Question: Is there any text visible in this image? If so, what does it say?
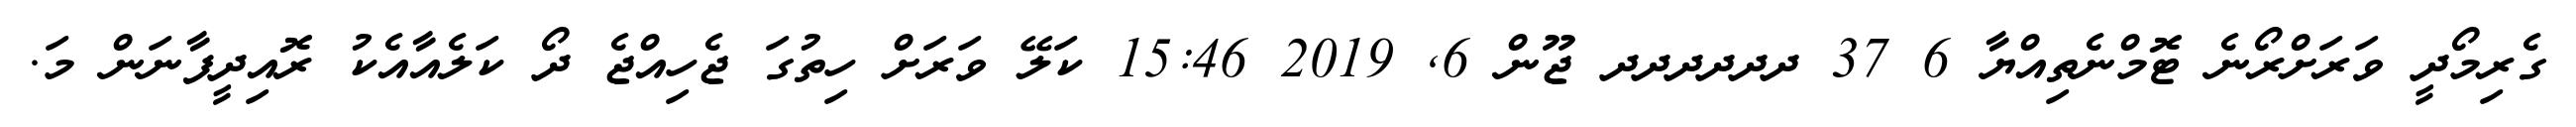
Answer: ގެރިމޯދީ ވަރަށްރޯނެ ޓޮމްނެތިއްޔާ 6 37 ދދދދދދ ޖޫން 6, 2019 15:46 ކަލޭ ވަރަށް ހިތުގަ ޖެހިއްޖެ ދޯ ކަލެއާއެކު ރޮއިދީފާނަން މަ.